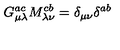
G _ { \mu \lambda } ^ { a c } M _ { \lambda \nu } ^ { c b } = \delta _ { \mu \nu } \delta ^ { a b }